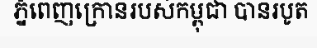
ភ្នំពេញក្រោនរបស់កម្ពុជា បានរបូត